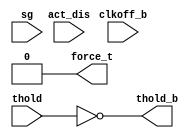
//  IBM Corp. 2020
// Licensed under the Apache License, Version 2.0 (the "License"), as modified by
// the terms below; you may not use the files in this repository except in
// compliance with the License as modified.
// You may obtain a copy of the License at http://www.apache.org/licenses/LICENSE-2.0
//
// Modified Terms:
//
//    1) For the purpose of the patent license granted to you in Section 3 of the
//    License, the "Work" hereby includes implementations of the work of authorship
//    in physical form.
//
//    2) Notwithstanding any terms to the contrary in the License, any licenses
//    necessary for implementation of the Work that are available from OpenPOWER
//    via the Power ISA End User License Agreement (EULA) are explicitly excluded
//    hereunder, and may be obtained from OpenPOWER under the terms and conditions
//    of the EULA.  
//
// Unless required by applicable law or agreed to in writing, the reference design
// distributed under the License is distributed on an "AS IS" BASIS, WITHOUT
// WARRANTIES OR CONDITIONS OF ANY KIND, either express or implied. See the License
// for the specific language governing permissions and limitations under the License.
// 
// Additional rights, including the ability to physically implement a softcore that
// is compliant with the required sections of the Power ISA Specification, are
// available at no cost under the terms of the OpenPOWER Power ISA EULA, which can be
// obtained (along with the Power ISA) here: https://openpowerfoundation.org. 

`timescale 1 ns / 1 ns

// *!****************************************************************
// *! FILENAME    : tri_lcbor.v
// *! DESCRIPTION : Used to generate LCB controls
// *!****************************************************************

module tri_lcbor(clkoff_b, thold, sg, act_dis, force_t, thold_b);
   input      clkoff_b;
   input      thold;
   input      sg;
   input      act_dis;
   output     force_t;
   output     thold_b;

   (* analysis_not_referenced="true" *)
   wire       unused;

   assign unused = clkoff_b | sg | act_dis;

   assign force_t = 1'b0;
   assign thold_b = (~thold);
endmodule